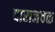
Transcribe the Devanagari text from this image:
दाराजवळ